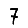
Digit: 7